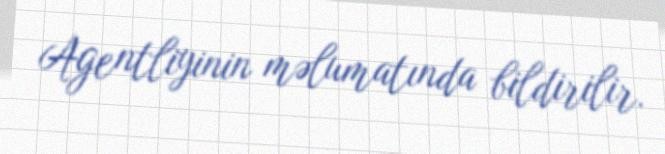
Agentliyinin məlumatında bildirilir.